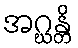
အဂ္ဃန္တိ